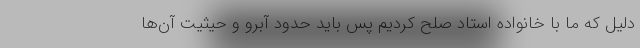
دلیل که ما با خانواده استاد صلح کردیم پس باید حدود آبرو و حیثیت آن‌ها